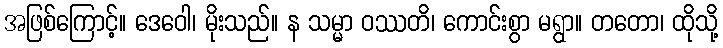
အဖြစ်ကြောင့်။ ဒေဝေါ၊ မိုးသည်။ န သမ္မာ ဝဿတိ၊ ကောင်းစွာ မရွာ။ တတော၊ ထိုသို့